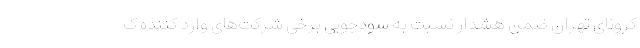
کرونای تهران ضمن هشدار نسبت به سودجویی برخی شرکت‌های وارد کننده ک